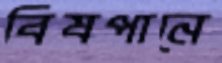
বিষপানে